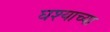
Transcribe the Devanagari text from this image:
घश्याच्या